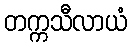
တက္ကသီလာယံ